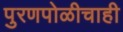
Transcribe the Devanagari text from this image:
पुरणपोळीचाही